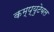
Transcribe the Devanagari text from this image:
कम्प्युटेबल